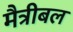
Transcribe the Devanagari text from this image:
मैत्रीबल